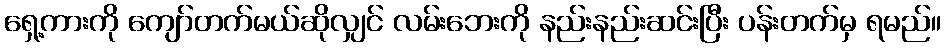
ရှေ့ကားကို ကျော်တက်မယ်ဆိုလျှင် လမ်းဘေးကို နည်းနည်းဆင်းပြီး ပန်းတက်မှ ရမည်။